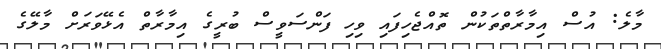
މާލެ: އުސް އިމާރާތްތަކުން ތޮއްޖެހިފައި ވިހި ފަންސަވީސް ބުރީގެ އިމާރާތް އެޅޭވަރަށް މާލޭގެ